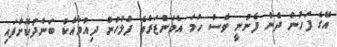
އޭގެ ފަހުން ދެން ފެނުނީ ވެސް ހަމަ އެމަންޒަރެވެ ފުލުހުން ދިއުމާއެކު ބަންދުކޮށްފައި